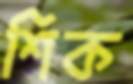
শিক